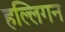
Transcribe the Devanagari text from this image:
हल्लिगन